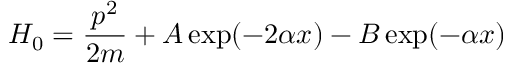
H _ { 0 } = \frac { p ^ { 2 } } { 2 m } + A \exp ( - 2 \alpha x ) - B \exp ( - \alpha x )